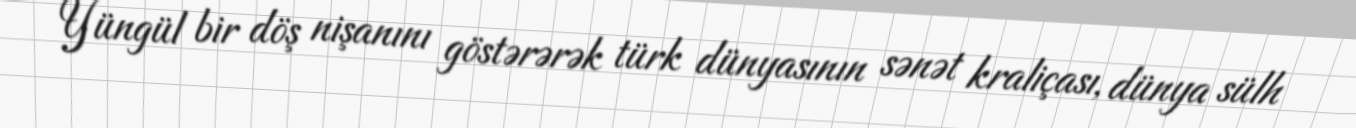
Yüngül bir döş nişanını göstərərək türk dünyasının sənət kraliçası, dünya sülh